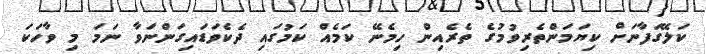
ކަލޭގަފާނަށް ކިޔަމަންތެރިވުމުގެ ތެރެއިން ހިމެނޭ ކަމެއް ކަމުގައި ދެކެވަޑައިގަންނަވާ ނަމަ މި ވާހަކަ